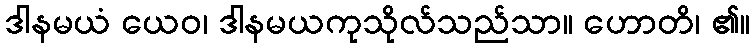
ဒါနမယံ ယေဝ၊ ဒါနမယကုသိုလ်သည်သာ။ ဟောတိ၊ ၏။